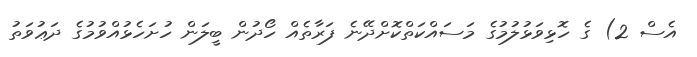
އެސް 2) ގެ ހޮޅިވަޅުލުމުގެ މަސައްކަތްކޮށްދޭނެ ފަރާތެއް ހޯދުން ބީލަން ހުށަހެޅުއްވުމުގެ ދަޢުވަތު